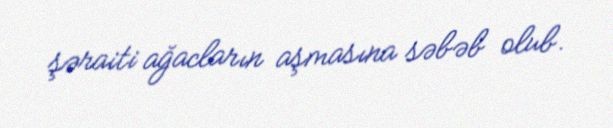
şəraiti ağacların aşmasına səbəb olub.